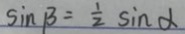
\sin \beta = \frac { 1 } { 2 } \sin \alpha